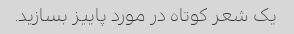
یک شعر کوتاه در مورد پاییز بسازید.